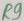
Text: R9